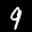
Label: 9